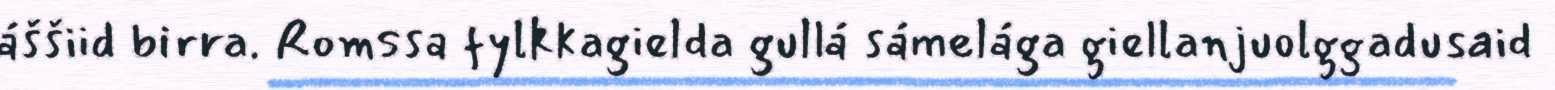
áššiid birra. Romssa fylkkagielda gullá sámelága giellanjuolggadusaid